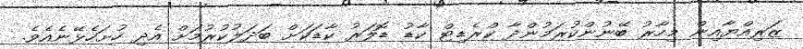
ޒަރިއްޔާއިން މިހާރު ބޭނުންކުރަމުންދާ ކްރެޑިޓް ކާޑު ޑޮލަރު ކާޑަކަށް ބަދަލުކުރުމަށް އެދި ހުށަހެޅޭނެއެވެ.